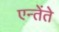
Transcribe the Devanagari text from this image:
एन्तेंते